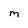
Character: m